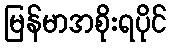
မြန်မာအစိုးရပိုင်